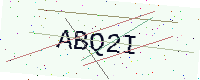
Text: ABQ2I